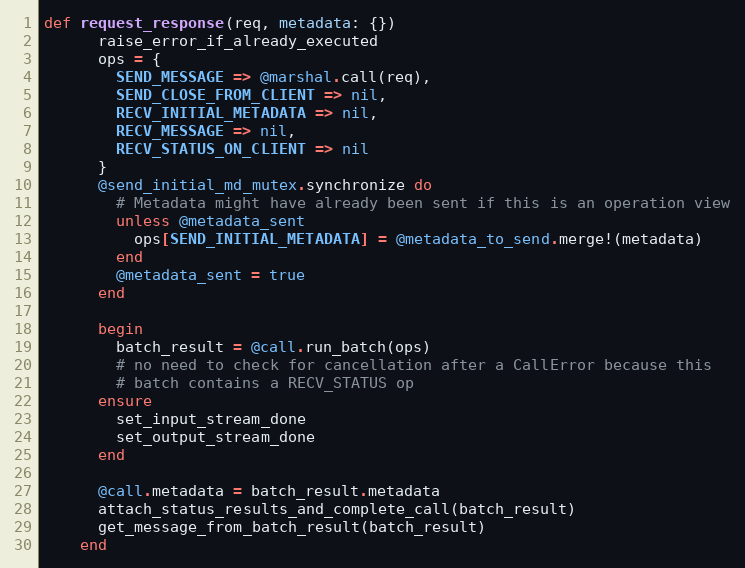
Language: Ruby
def request_response(req, metadata: {})
      raise_error_if_already_executed
      ops = {
        SEND_MESSAGE => @marshal.call(req),
        SEND_CLOSE_FROM_CLIENT => nil,
        RECV_INITIAL_METADATA => nil,
        RECV_MESSAGE => nil,
        RECV_STATUS_ON_CLIENT => nil
      }
      @send_initial_md_mutex.synchronize do
        # Metadata might have already been sent if this is an operation view
        unless @metadata_sent
          ops[SEND_INITIAL_METADATA] = @metadata_to_send.merge!(metadata)
        end
        @metadata_sent = true
      end

      begin
        batch_result = @call.run_batch(ops)
        # no need to check for cancellation after a CallError because this
        # batch contains a RECV_STATUS op
      ensure
        set_input_stream_done
        set_output_stream_done
      end

      @call.metadata = batch_result.metadata
      attach_status_results_and_complete_call(batch_result)
      get_message_from_batch_result(batch_result)
    end